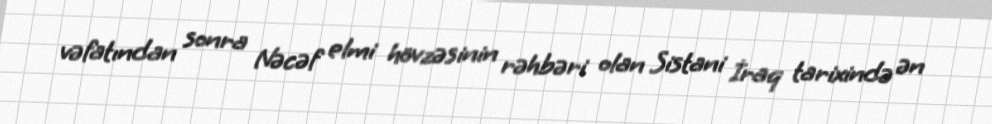
vəfatından sonra Nəcəf elmi hövzəsinin rəhbəri olan Sistani İraq tarixində ən